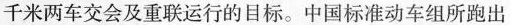
千米两车交会及重联运行的目标。中国标准动车组所跑出